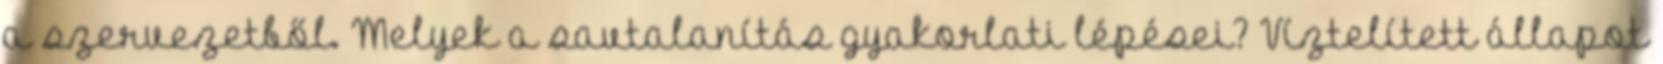
a szervezetből. Melyek a savtalanítás gyakorlati lépései? Víztelített állapot